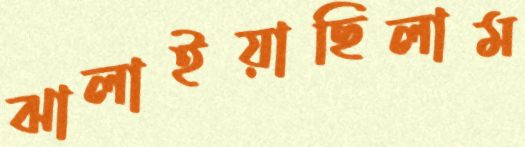
ঝালাইয়াছিলাম